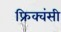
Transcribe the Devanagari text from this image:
फ्रिक्वंसी